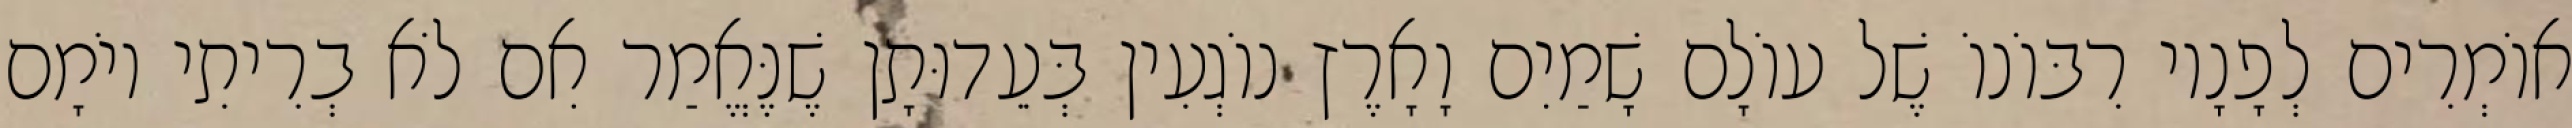
אוֹמְרִים לְפָנָיו רִבּוֹנוֹ שֶׁל עוֹלָם שָׁמַיִם וָאָרֶץ נוֹגְעִין בְּעֵדוּתָן שֶׁנֶּאֱמַר אִם לֹא בְרִיתִי יוֹמָם